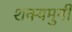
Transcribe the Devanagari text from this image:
शक्यमुनी